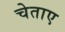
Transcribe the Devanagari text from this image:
चेताए